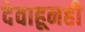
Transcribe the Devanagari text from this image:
देवाहूनही